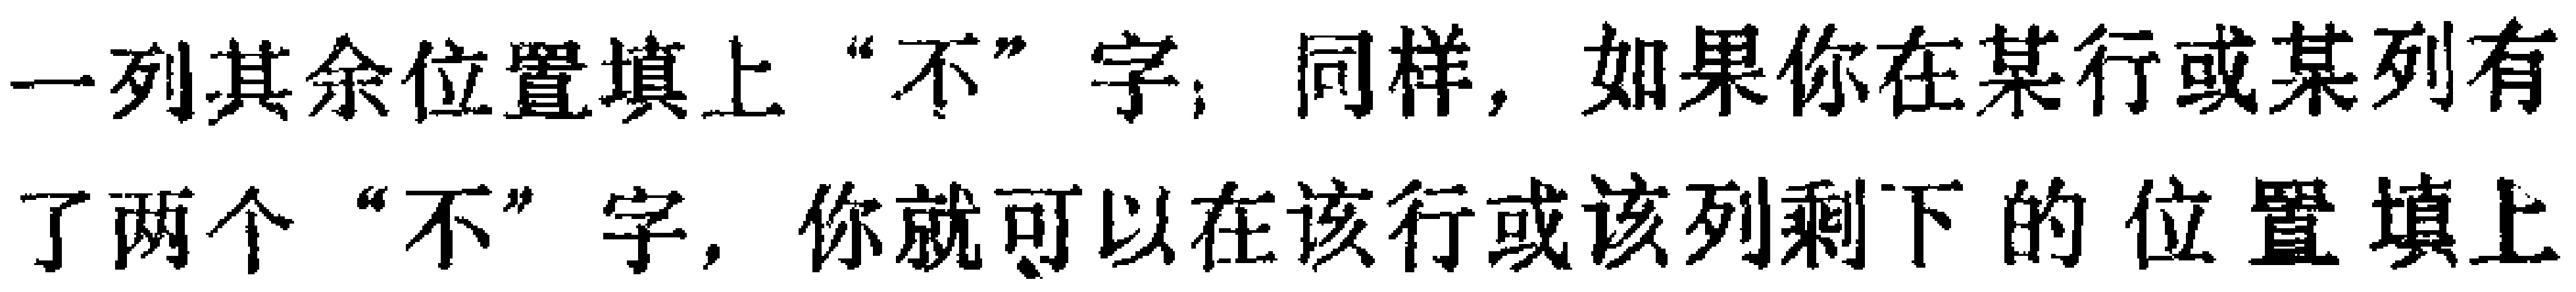
一列其余位置填上“不”字；同样，如果你在某行或某列有了两个“不”字，你就可以在该行或该列剩下的位置填上